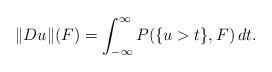
LaTeX: \begin{align*}\|Du\|(F)=\int_{-\infty}^{\infty}P(\{u>t\},F)\,dt.\end{align*}